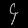
Digit: ၄